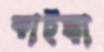
কাইক্কা